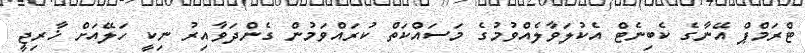
ޓްރަމްޕް އޭނާގެ ކެބިނެޓް އެކުލަވާލެއްވުމުގެ މަސައްކަތް ކުރައްވަމުން ގެންދަވާއިރު ނިކީ ހަލޭއަށް ޚާރިޖީ